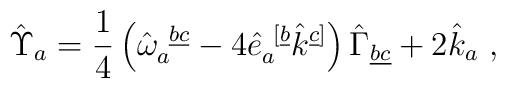
\hat \Upsilon_{a}=\frac{1}{4}\left(\hat\omega_a^{\ \underline {bc}}-4\hat e_a^{\ [\underline{b}}\hat k^{\underline{c}]}\right)\hat\Gamma_{\underline {bc}} +2\hat k_a\ ,